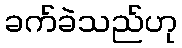
ခက်ခဲသည်ဟု